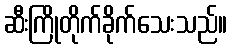
ဆီးကြိုတိုက်ခိုက်သေးသည်။